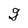
Character: g